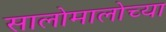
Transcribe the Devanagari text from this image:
सालोमालोच्या